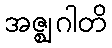
အဇ္ဈဂါတိ